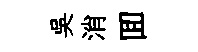
吳消囬